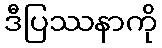
ဒီပြဿနာကို